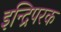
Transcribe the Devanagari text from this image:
इन्द्रिपरक